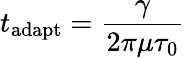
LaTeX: t_{\mathrm{adapt}}=\frac{\gamma}{2\pi\mu\tau_{\mathrm{0}}}